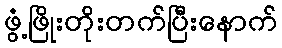
ဖွံ့ဖြိုးတိုးတက်ပြီးနောက်